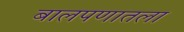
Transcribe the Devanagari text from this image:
बालपणातला